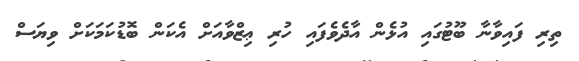
ތިރި ފައިވާނާ ބޫޓުގައި އުޅެން އާދެވެފައި ހުރި ޢިޒްވާއަށް އެކަން ބޮޑުކަމަކަށް ވިޔަސް